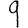
Digit: 9